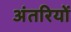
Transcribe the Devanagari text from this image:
अंतरियों